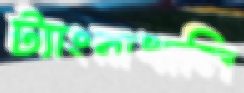
ট্যাংরাখালি